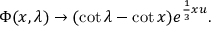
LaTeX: \Phi ( x , \lambda ) \rightarrow ( \cot \lambda - \cot x ) e ^ { \frac { 1 } { 3 } x u } .